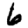
Digit: 6